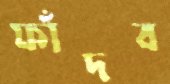
ফাঁদব